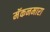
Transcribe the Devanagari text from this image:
मॅकनमारा